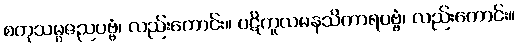
စတုသမ္ပဇညပဗ္ဗံ၊ လည်းကောင်း။ ပဋိကူလမနသိကာရပဗ္ဗံ၊ လည်းကောင်း။